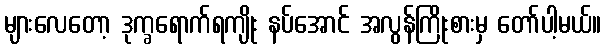
များလေတော့ ဒုက္ခရောက်ရကျိုး နပ်အောင် အလွန်ကြိုးစားမှ တော်ပါ့မယ်။